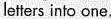
letters into one,